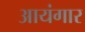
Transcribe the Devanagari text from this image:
आयंगार